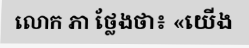
លោក ភា ថ្លែងថា៖ «យើង